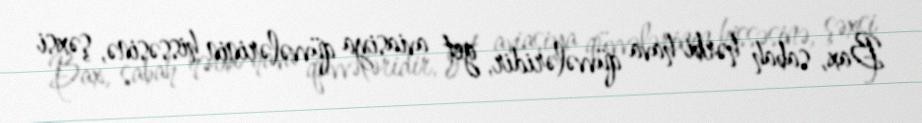
Bax, sabah hərbi hava qüvvələridir, get aviasiya qüvvələrinin hissəsinə, şəxsi